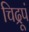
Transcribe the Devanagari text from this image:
चिद्रूपं